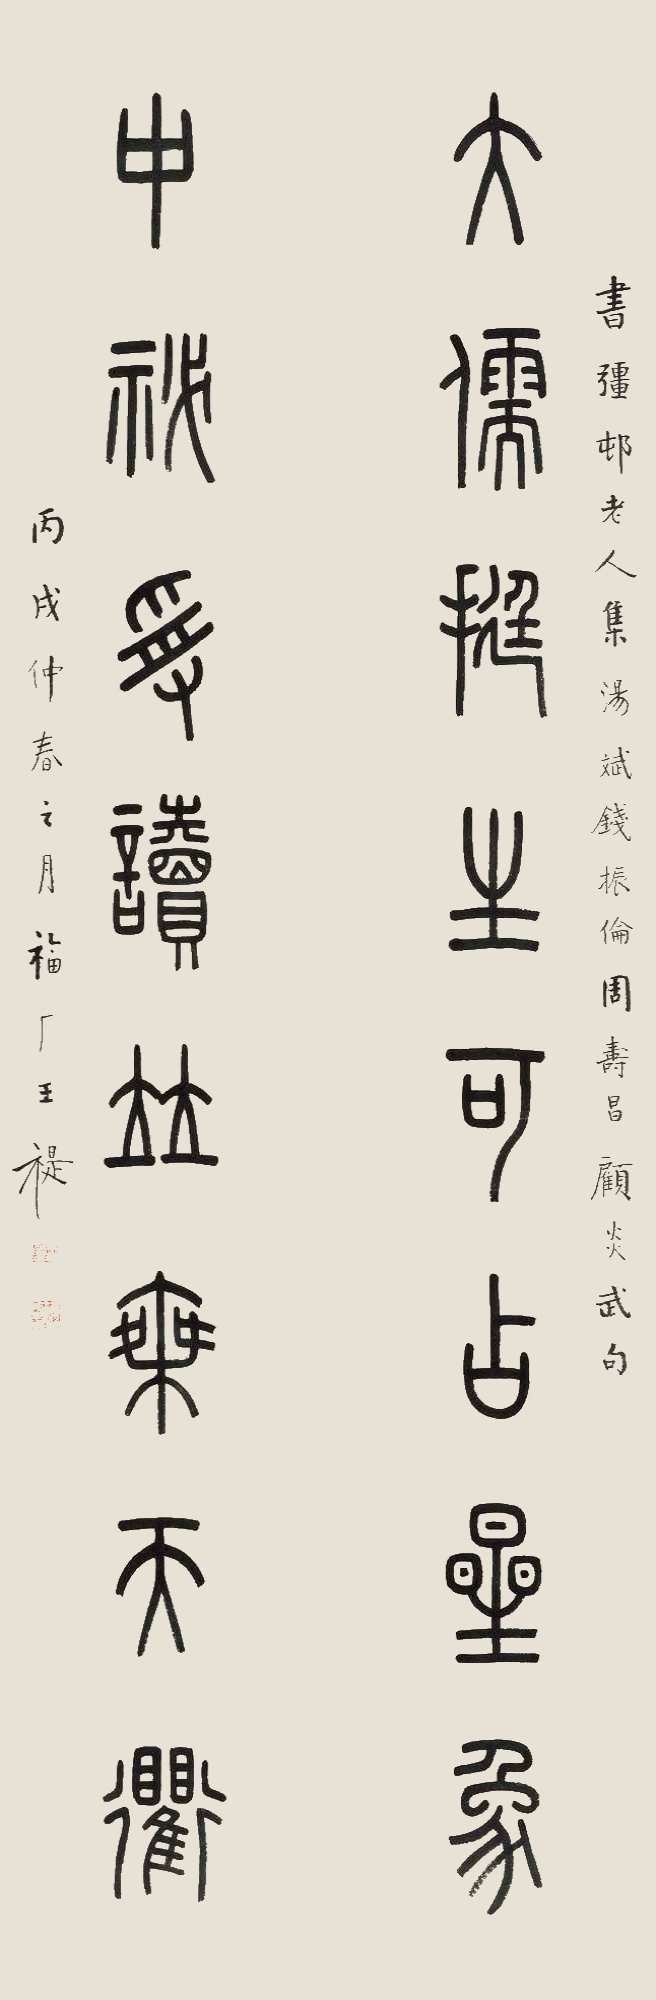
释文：大儒挺生可占星象，中秘受读并乘天衢。书强村老人集汤斌、钱振轮、周寿昌、顾炎武句，丙戌仲春之月，福厂王禔。